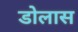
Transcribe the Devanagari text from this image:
डोलास